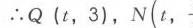
\(\therefore Q(t,3),N(t,-\)